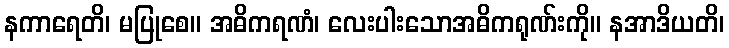
နကာရေတိ၊ မပြုစေ။ အဓိကရဏံ၊ လေးပါးသောအဓိကရုဏ်းကို။ နအာဒိယတိ၊